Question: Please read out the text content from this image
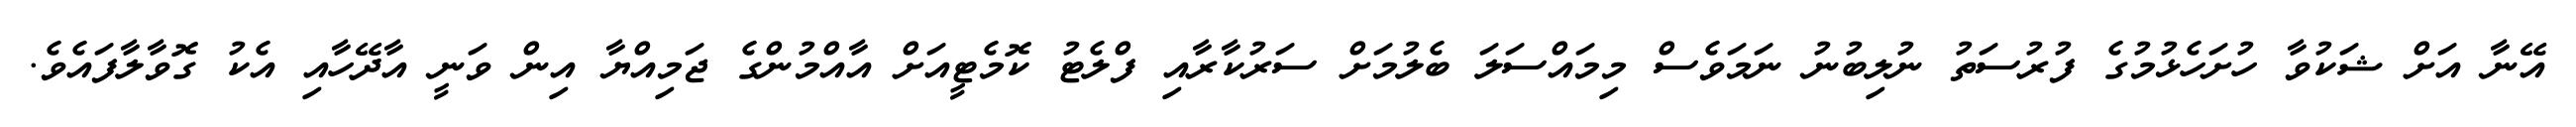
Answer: އޭނާ އަށް ޝަކުވާ ހުށަހެޅުމުގެ ފުރުސަތު ނުލިބުނު ނަމަވެސް މިމައްސަލަ ބެލުމަށް ސަރުކާރާއި ފްލެޓު ކޮމެޓީއަށް އާއްމުންގެ ޖަމިއްޔާ އިން ވަނީ އާދޭހާއި އެކު ގޮވާލާފައެވެ.